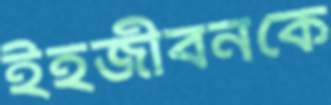
ইহজীবনকে